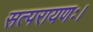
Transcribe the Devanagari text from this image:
सत्परायणः।